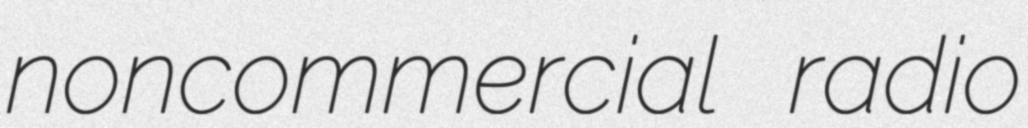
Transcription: noncommercial radio